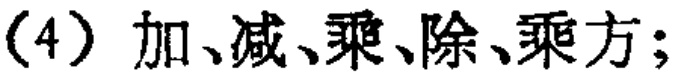
（4）加、减、乘、除、乘方；